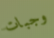
وجبات